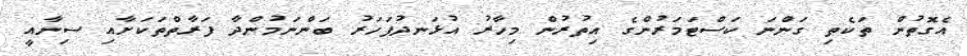
އެގޮތުން ތަކެތި ގަންނަ ކަސްޓަމަރުންގެ އިތުރުން މިހާރު އުޅަނދުފަަހަރު ބަންނަމުންދާ ފަރާތްތަކަށާއި ސިނާއީ